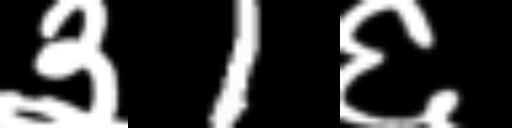
Text: ३1६